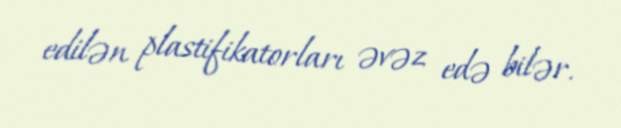
edilən plastifikatorları əvəz edə bilər.